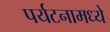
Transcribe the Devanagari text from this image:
पर्यटनामध्ये